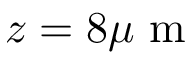
z = 8 \mu \mathrm { ~ m ~ }